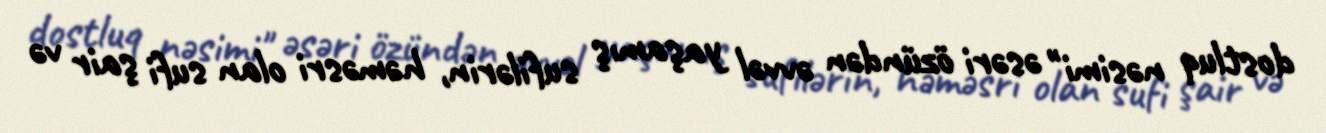
dostluq nəsimi" əsəri özündən əvvəl yaşamış sufilərin, həməsri olan sufi şair və